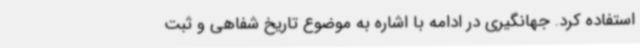
استفاده کرد. جهانگیری در ادامه با اشاره به موضوع تاریخ شفاهی و ثبت